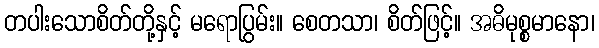
တပါးသောစိတ်တို့နှင့် မရောပြွမ်း။ စေတသာ၊ စိတ်ဖြင့်။ အဓိမုစ္စမာနော၊